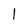
Character: 1